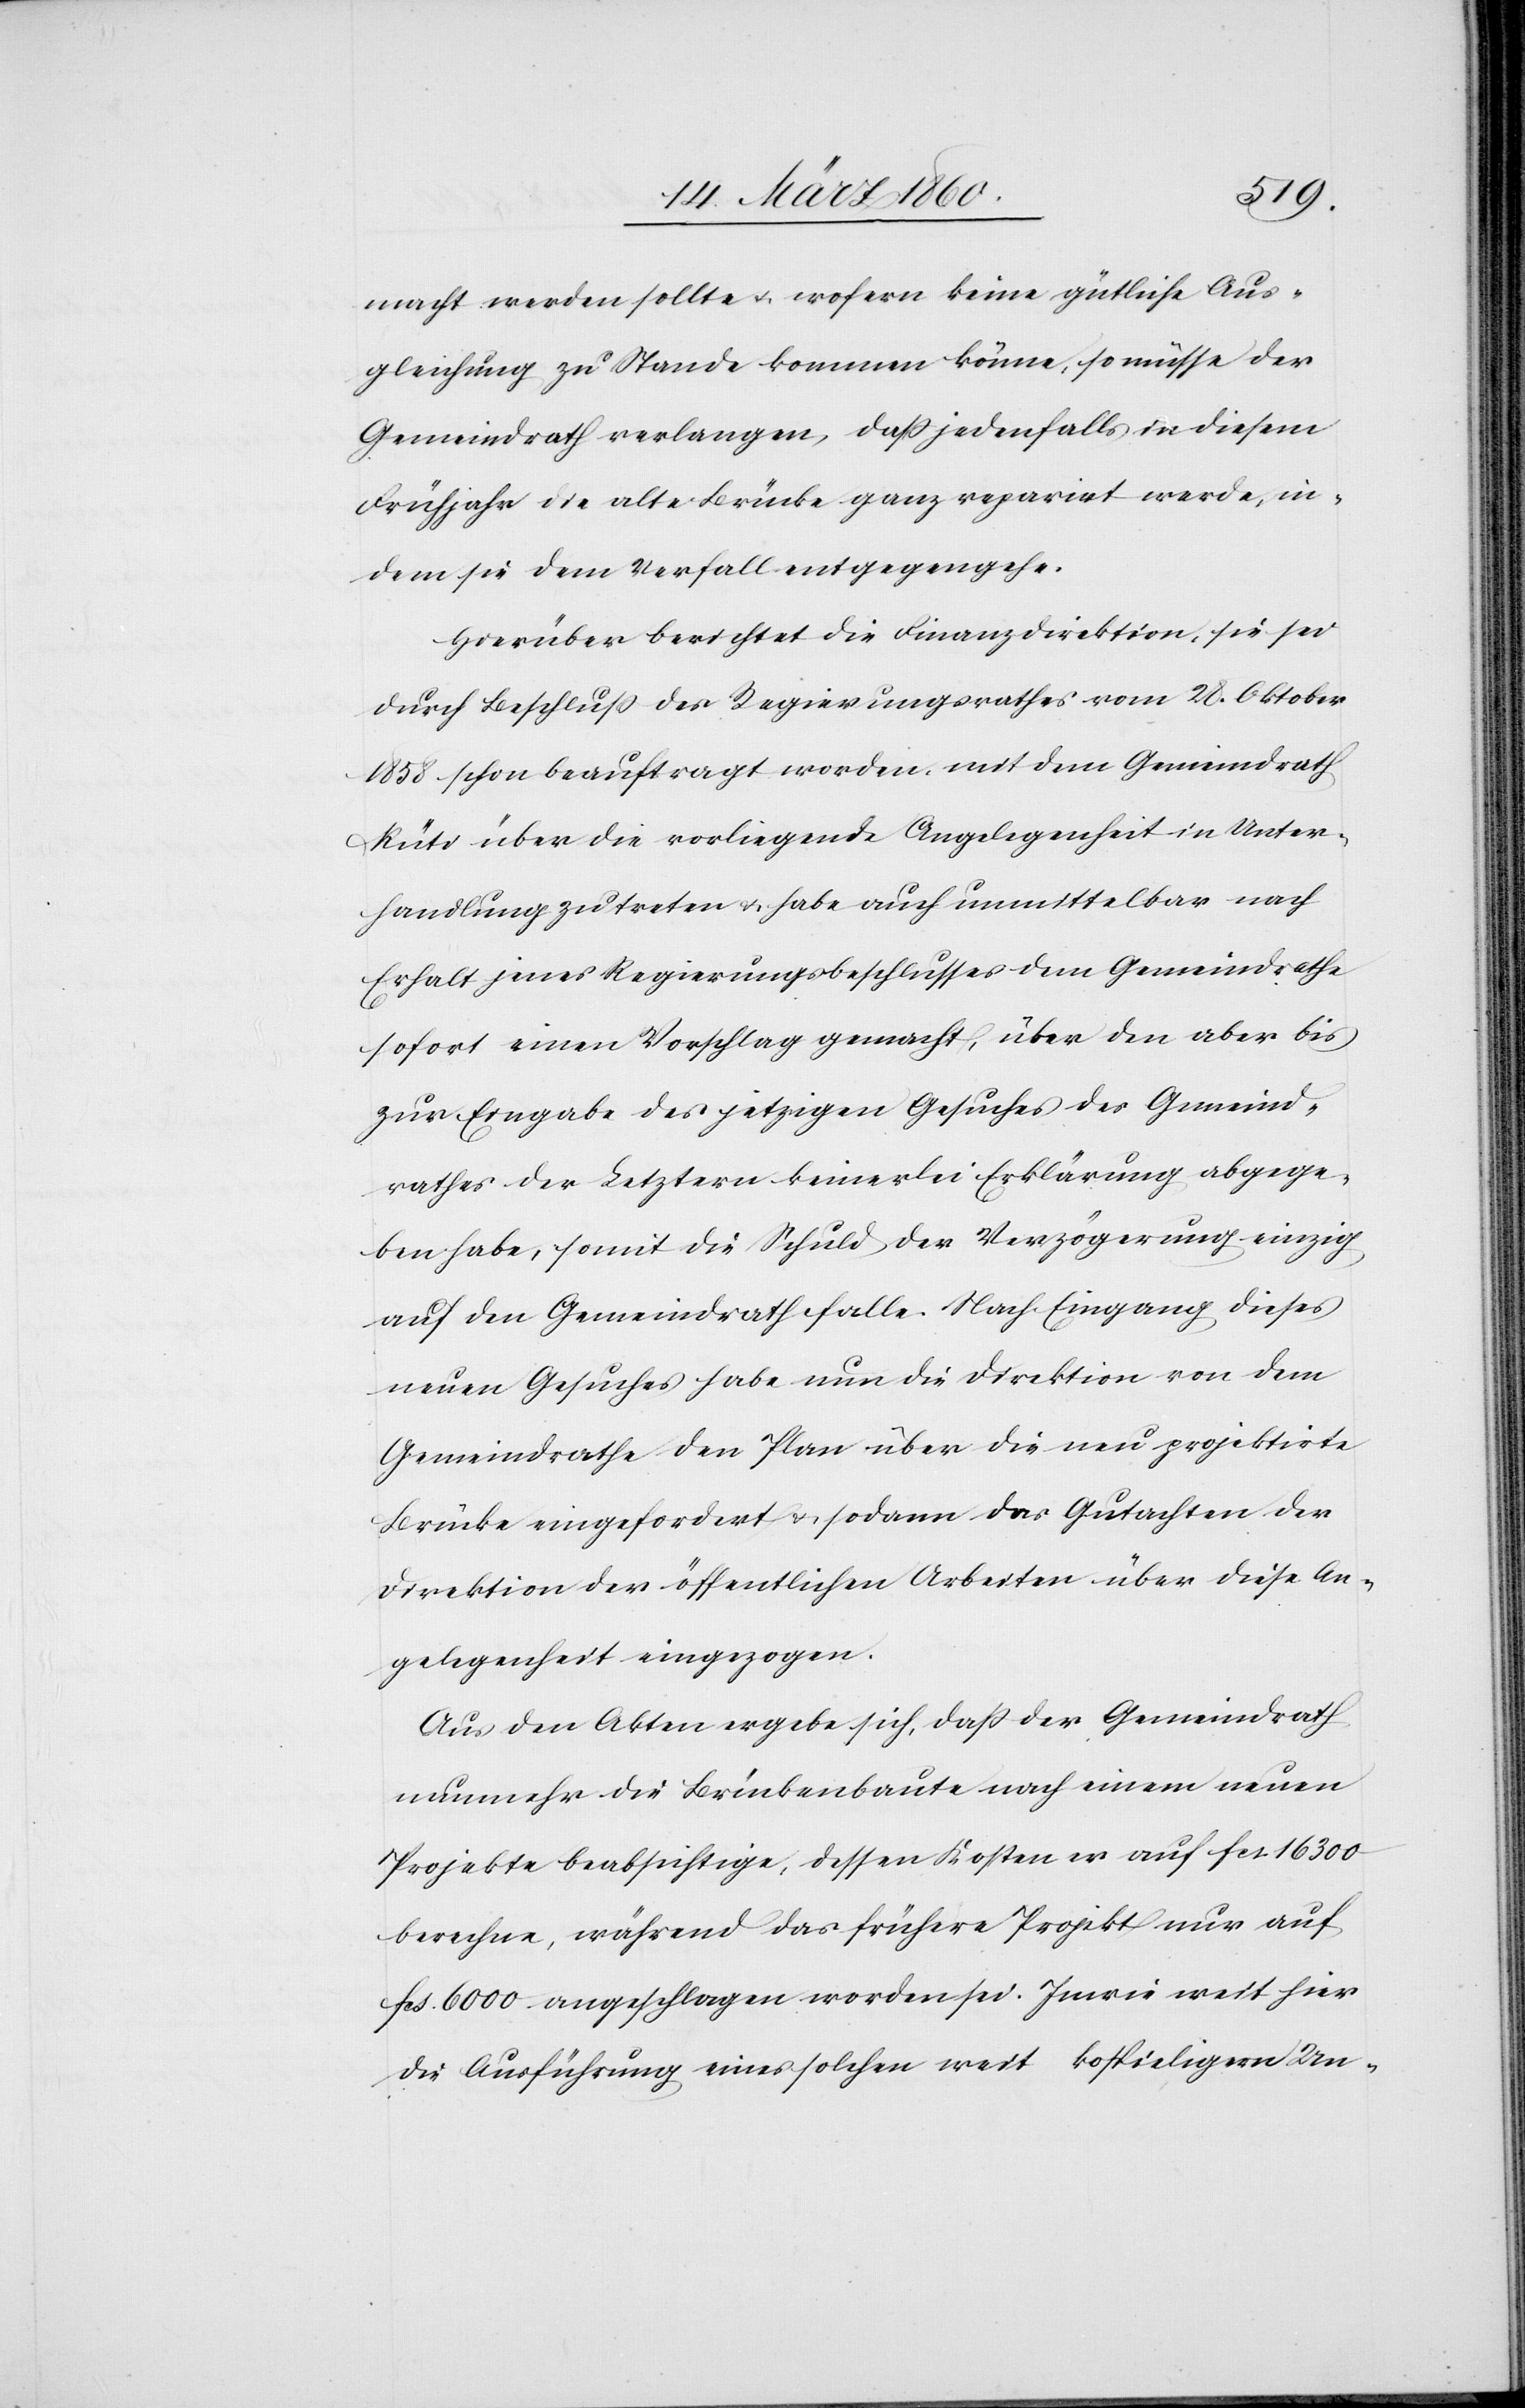
macht werden sollte u. wofern keine gütliche Aus¬
gleichung zu Stande kommen könne, so müsse der
Gemeindrath verlangen, dass jedenfalls in diesem
Frühjahr die alte Brücke ganz reparirt werde, in¬
dem sie dem Verfall entgegengehe.
Hierüber berichtet die Finanzdirektion, sie sei
durch Beschluss des Regierungsrathes vom 28. Oktober
1858 schon beauftragt worden, mit dem Gemeindrath
Rüti über die vorliegende Angelegenheit in Unter¬
handlung zu treten u. habe auch unmittelbar nach
Erhalt jenes Regierungsbeschlusses dem Gemeindrathe
sofort einen Vorschlag gemacht, über den aber bis
zur Eingabe des jetzigen Gesuches des Gemeind¬
rathes der Letztern keinerlei Erklärung abgege¬
ben habe, somit die Schuld der Verzögerung einzig
auf den Gemeindrath falle. Nach Eingang dieses
neuen Gesuches habe nun die Direktion von dem
Gemeindrath den Plan über die neu projektirte
Brücke eingefordert u. sodann das Gutachten der
Direktion der öffentlichen Arbeiten über diese An¬
gelegenheit eingezogen.
Aus den Akten ergebe sich, daß der Gemeindrath
nunmehr die Brückenbaute nach einem neuen
Projekte beabsichtige, dessen Kosten er auf fcs 16 300
berechne, während das frühere Projekt nur auf
fcs. 6000 aufgeschlagen worden sei. Inwie weit hier
die Ausführung eines solchen weit kostspieligern Un-